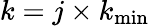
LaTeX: k=j\times k_{\mathrm{min}}